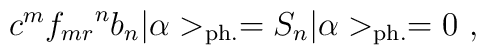
c^{m} {f_{mr}}^n b_n  | \alpha >_{{\rm ph.}} = S_n  | \alpha >_{{\rm ph.}} =0~,